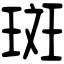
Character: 斑